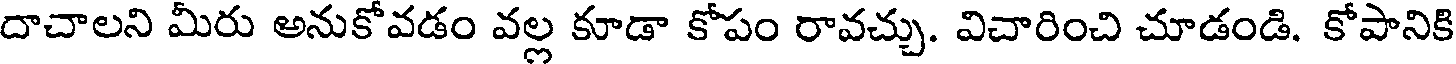
దాచాలని మీరు అనుకోవడం వల్ల కూడా కోపం రావచ్చు. విచారించి చూడండి. కోపానికి